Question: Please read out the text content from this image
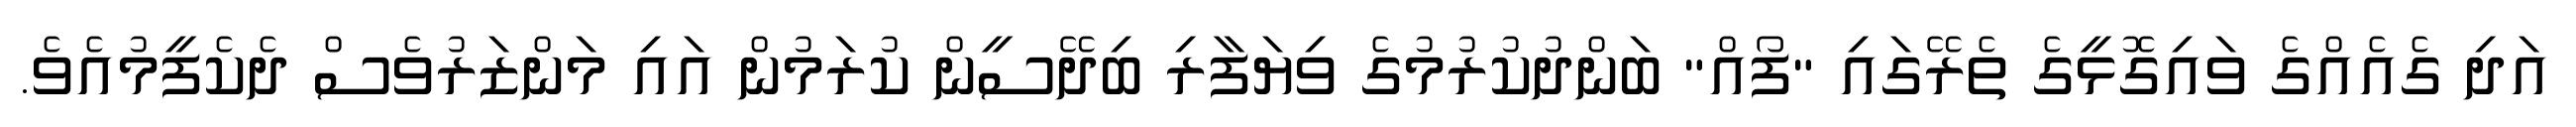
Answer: އަދި ގެއެއްގެ ވައިގޮޅީގެ ތެރޭގައި "ފޯއް" ބަންދުކުރުމުގެ ވިޔަފާރި ބިދޭސީން ކުރަމުން އައި މަންޒަރުވެސް ދެކެފީމުއެވެ.